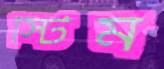
স্টিম